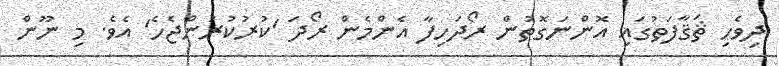
ދިވެހި ޘަޤާފަތުގައި އޮންނަގޮތުން ރޯދަހިފާ އެންމެން ރޯދަ 'ކުރުކުރަންޖެހެ' އެވެ. މި ނޫން